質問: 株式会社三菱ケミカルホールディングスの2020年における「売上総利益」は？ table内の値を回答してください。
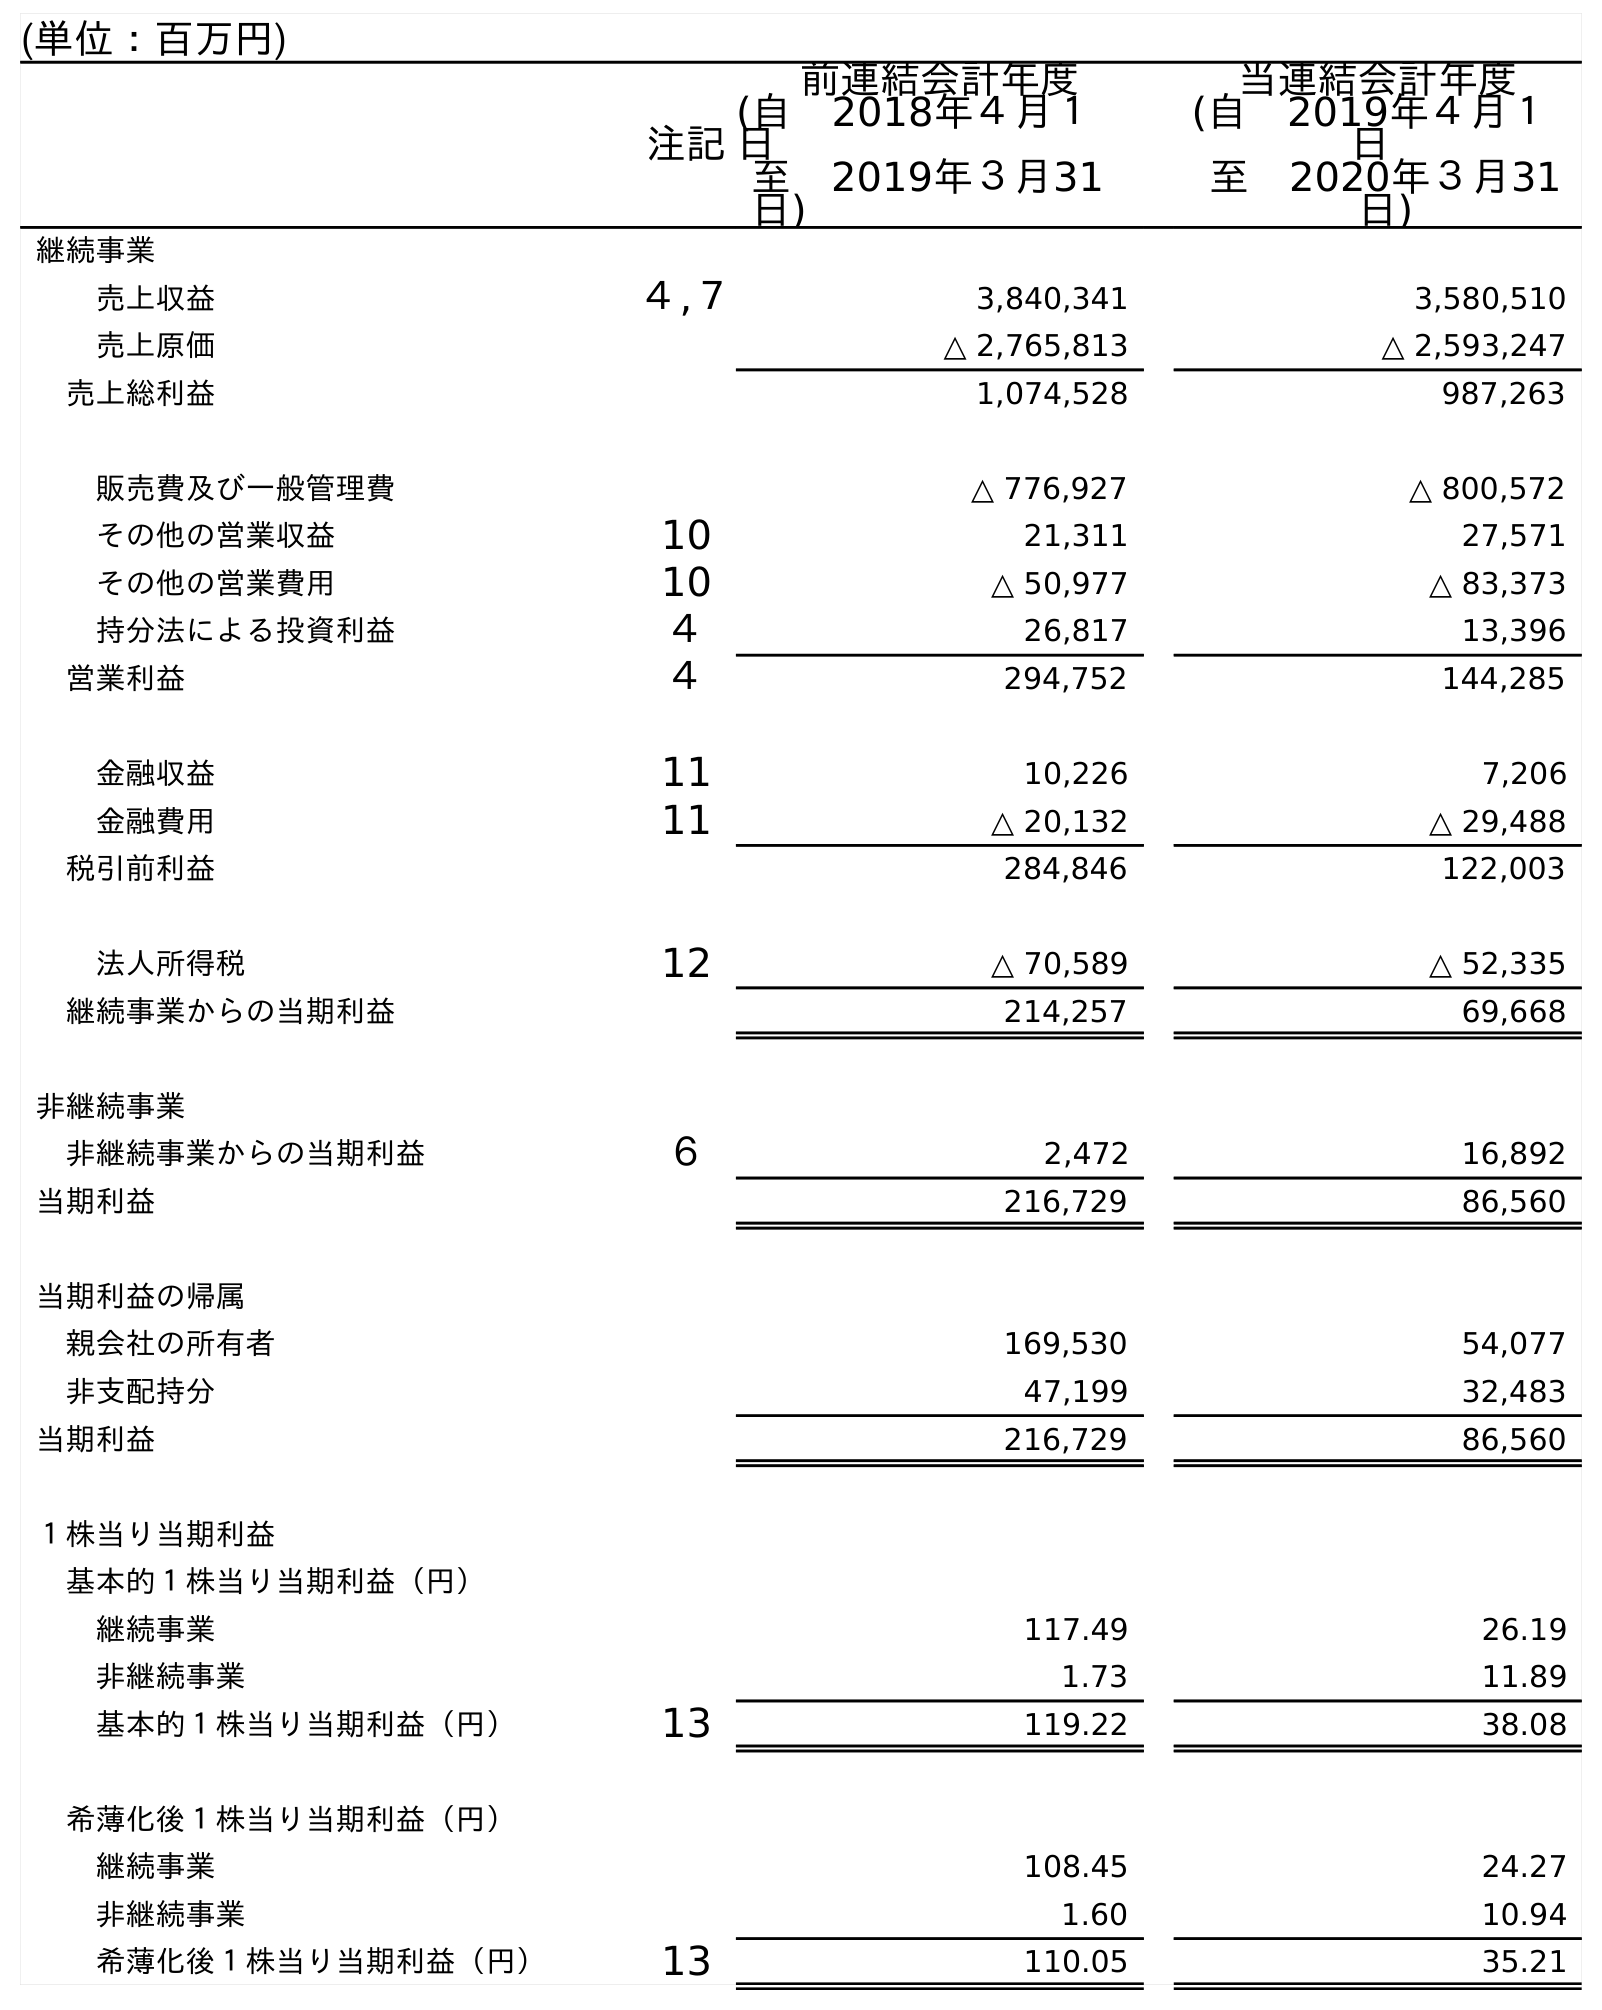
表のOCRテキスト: (単位：百万円) 注記 前連結会計年度 (自 2018年４月１ 日 至 2019年３月31 日) 当連結会計年度 (自 2019年４月１ 日 至 2020年３月31 日) 継続事業 売上収益 ４,７ 3,840,341 3,580,510 売上原価 △ 2,765,813 △ 2,593,247 売上総利益 1,074,528 987,263 販売費及び一般管理費 △ 776,927 △ 800,572 その他の営業収益 10 21,311 27,571 その他の営業費用 10 △ 50,977 △ 83,373 持分法による投資利益 ４ 26,817 13,396 営業利益 ４ 294,752 144,285 金融収益 11 10,226 7,206 金融費用 11 △ 20,132 △ 29,488 税引前利益 284,846 122,003 法人所得税 12 △ 70,589 △ 52,335 継続事業からの当期利益 214,257 69,668 非継続事業 非継続事業からの当期利益 ６ 2,472 16,892 当期利益 216,729 86,560 当期利益の帰属 親会社の所有者 169,530 54,077 非支配持分 47,199 32,483 当期利益 216,729 86,560 １株当り当期利益 基本的１株当り当期利益（円） 継続事業 117.49 26.19 非継続事業 1.73 11.89 基本的１株当り当期利益（円） 13 119.22 38.08 希薄化後１株当り当期利益（円） 継続事業 108.45 24.27 非継続事業 1.60 10.94 希薄化後１株当り当期利益（円） 13 110.05 35.21
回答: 987,263